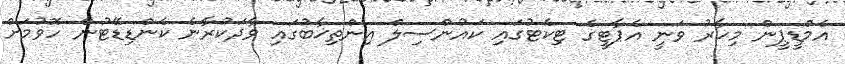
އެމްޑީޕީން މިހާރު ވަނީ އެޕާޓީގެ ޓިކެޓުގައި ކައުންސިލް އިންތިޚާބުގައި ވާދަކުރާނެ ކެންޑިޑޭޓުން ހޮވުމަށް